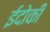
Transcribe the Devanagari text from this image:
ईदोकी